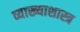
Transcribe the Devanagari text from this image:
व्याख्याशास्त्र